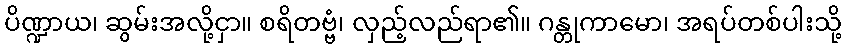
ပိဏ္ဍာယ၊ ဆွမ်းအလို့ငှာ။ စရိတဗ္ဗံ၊ လှည့်လည်ရာ၏။ ဂန္တုကာမော၊ အရပ်တစ်ပါးသို့